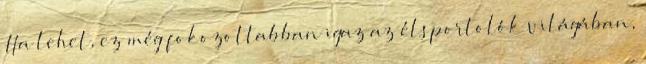
Ha lehet, ez még fokozottabban igaz az élsportolók világában,